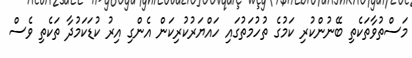
މަސްތުވާތަކެތި ބޭނުންކުރި ކަމުގެ ތުހުމަތުގައި ހައްޔަރުކުރިކަން އެންގި އިރު ކުޑަކަމުދާ ތަކެތި ވެސް